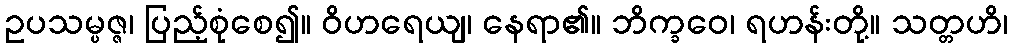
ဥပသမ္ပဇ္ဇ၊ ပြည့်စုံစေ၍။ ဝိဟရေယျ၊ နေရာ၏။ ဘိက္ခဝေ၊ ရဟန်းတို့။ သတ္တဟိ၊